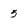
Character: 5